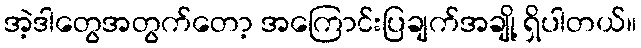
အဲ့ဒါတွေအတွက်တော့ အကြောင်းပြချက်အချို့ ရှိပါတယ်။